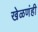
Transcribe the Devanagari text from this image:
खेळणंही